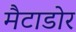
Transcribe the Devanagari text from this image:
मैटाडोर